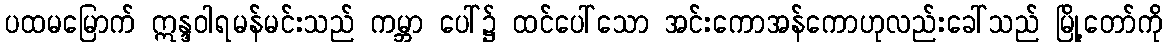
ပထမမြောက် ဣန္ဒဝါရမန်မင်းသည် ကမ္ဘာ ပေါ်၌ ထင်ပေါ်သော အင်းကောအန်ကောဟုလည်းခေါ်သည် မြို့တော်ကို